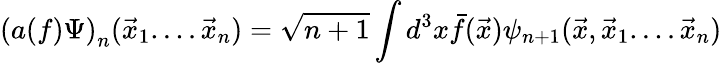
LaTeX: \left(a(f)\Psi\right)_{n}(\vec{x}_{1}....\vec{x}_{n})=\sqrt{n+1}\int d^{3}x\bar{f}(\vec{x})\psi_{n+1}(\vec{x},\vec{x}_{1}....\vec{x}_{n})